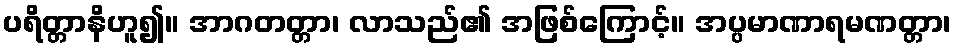
ပရိတ္တာနိဟူ၍။ အာဂတတ္တာ၊ လာသည်၏ အဖြစ်ကြောင့်။ အပ္ပမာဏာရမဏတ္တာ၊